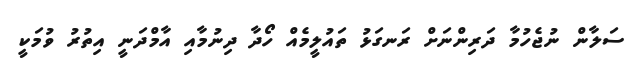
ސަލާން ނުޖެހުމާ ދަރިންނަށް ރަނގަޅު ތައުލީމެއް ހޯދާ ދިނުމާއި އާމްދަނީ އިތުރު ވުމަކީ